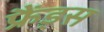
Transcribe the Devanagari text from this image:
फ्रैंड्स